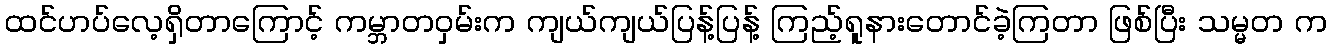
ထင်ဟပ်လေ့ရှိတာကြောင့် ကမ္ဘာတဝှမ်းက ကျယ်ကျယ်ပြန့်ပြန့် ကြည့်ရူနားတောင်ခဲ့ကြတာ ဖြစ်ပြီး သမ္မတ က